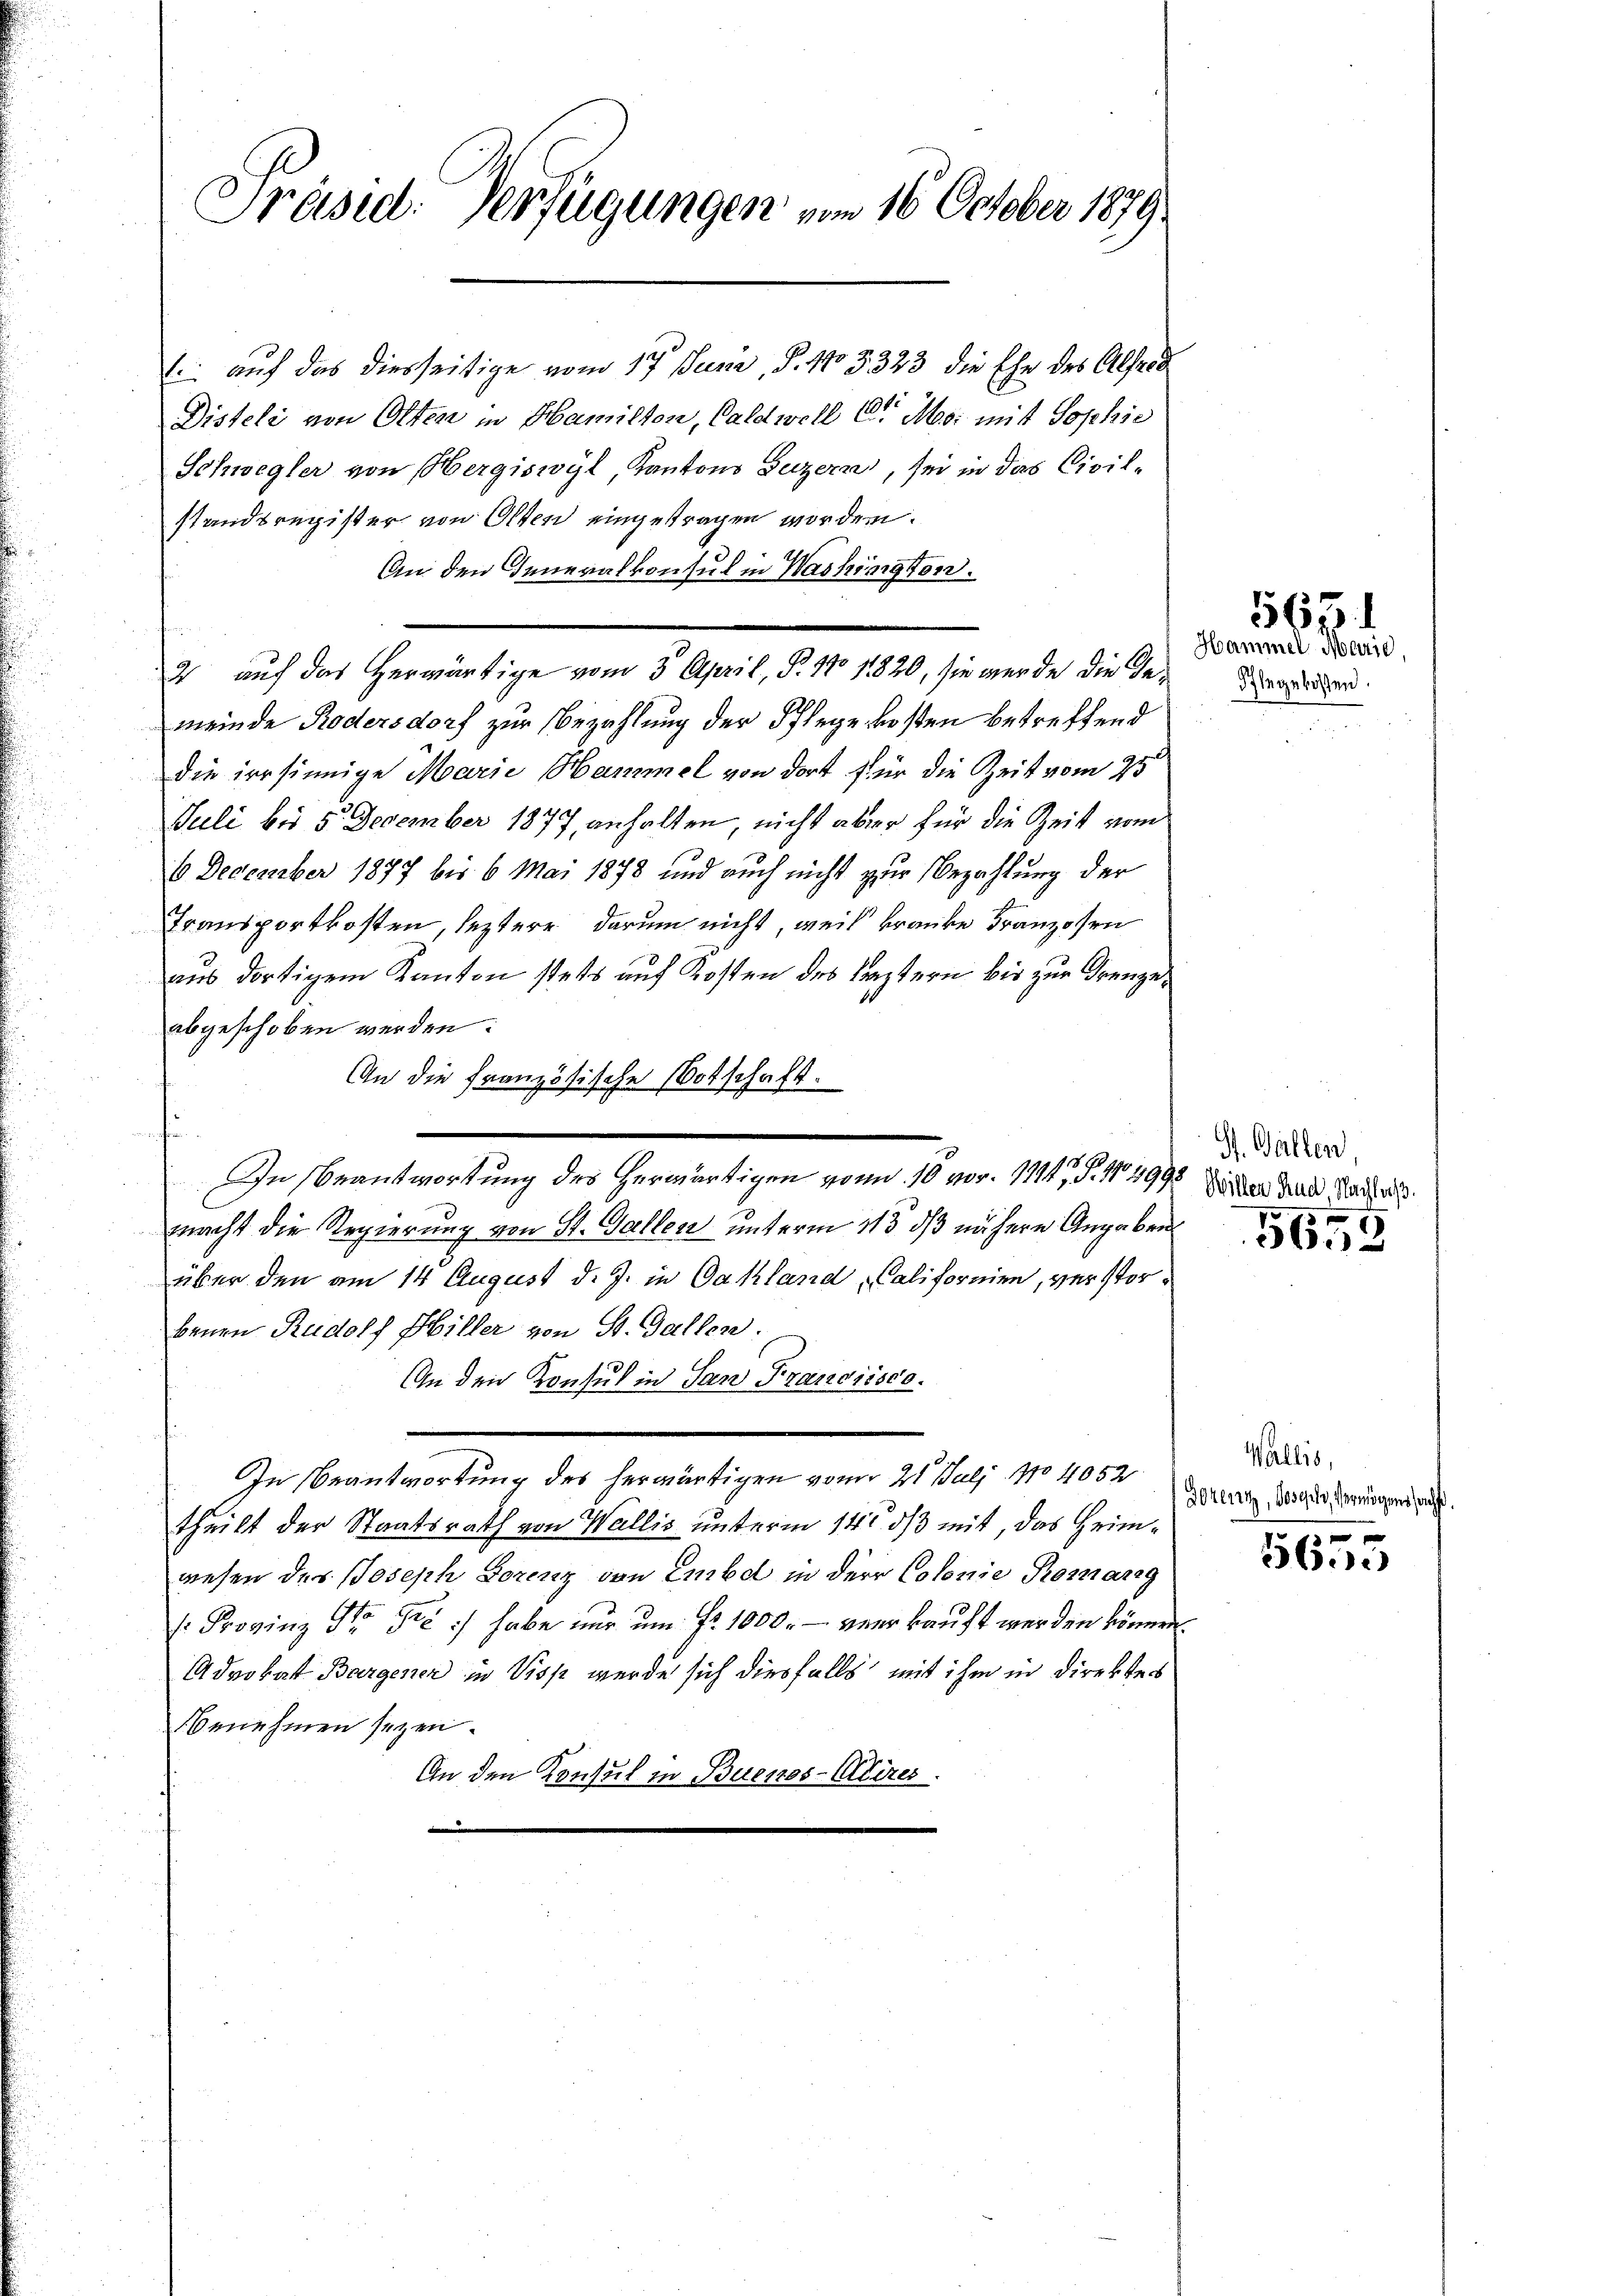
Präsid. Verfügungen vom 16. October 1879

Schwegler von Hergiswyl, Kantons Luzern, sei in das Civil-
standsregister von Olten eingetragen worden.
An den Inneralkonsul in Washington.
meinde Rodersdorf zur Bezahlung der Schlegekosten betreffend
die irrsinnige Marie Hammel von dort für die Zeit vom 25
Juli bis 5. December 1877, anhalten, nicht aber für die Zeit vom
6 December 1877 bis 6 Mai 1878 und auch nicht zur Bezahlung der
Transportkosten, leztere darum nicht, weil kranke Franzosen
aus dortigem Kanton stets auf Kosten des Leztern bis zur Kreuzeabgeschoben werden.
An die Französische Botschaft.
s
In Beantwortung des herwärtigen von 10 vor. 1114, S. Nr. 4998 Sidler Kinde auf di
macht die Regierung von St. Gallen unterm 113. ds nähere Angabens
über den am 14 August d. J. in Gakland, Californien, verstorbenen Rudolf Hiller von St. Gallen.
30
An den Konsul in San Francisco.
In Beantwortung des herwärtigen vom 21. Juli No 4052
theilt der Staatsrath von Wallis unterm 14t ds mit, das Heimwesen des Joseph Lorenz von Embd in der Colonie Romang
: Provinz St. Pre :/ habe nur um fr. 1000. - verkauft werden können
Advokat Bargener in Viss werde sich diesfalls mit ihm in Direktes
Benehmen seyen.
An den Konsul in Buenos-Alteres.

(: auf das diesseitige vom 17. Juni, S. 103323 die Ehe des Alfred
Disteli von Olten in Hamillen, bald will E. Mesi mit Sophie

2 auf das herwärtige vom 3. April, P. 17. 1820, sie wurde die Ge¬

Hammel Marie
Pflegekosten.

563

St. Gallen,
f

5653

Wallis,
Gozent, Joseph, vermögens sor

n
5655